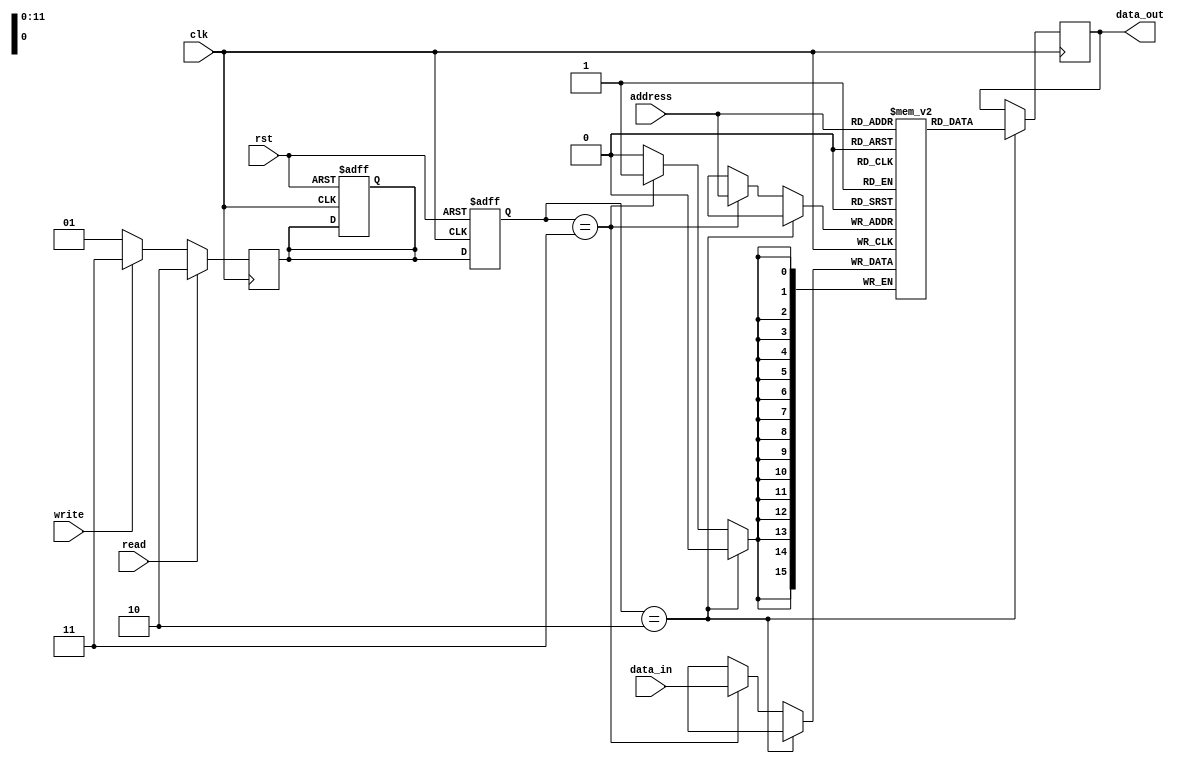
module SDRAM_controller (
    input wire clk,
    input wire rst,
    input wire read,
    input wire write,
    input wire [11:0] address,
    input wire [15:0] data_in,
    output wire [15:0] data_out
);

// Input and output data registers
reg [15:0] data_reg;

// State machine states
parameter PRECHARGE = 2'b00;
parameter ACTIVATE = 2'b01;
parameter READ = 2'b10;
parameter WRITE = 2'b11;

reg [1:0] state;
reg [1:0] next_state;

// Memory array
reg [15:0] memory[0:4095];

always@(posedge clk or posedge rst) begin
    if (rst) begin
        state <= PRECHARGE;
        next_state <= PRECHARGE;
    end else begin
        state <= next_state;
    end
end

always@(*) begin
    case(state)
        PRECHARGE: begin
            // precharge state logic
            // handle precharge timing requirements
        end
        ACTIVATE: begin
            // activate state logic
            // handle activate timing requirements
        end
        READ: begin
            // read state logic
            // handle read operation, buffer data in data_reg
        end
        WRITE: begin
            // write state logic
            // handle write operation, write data from data_in to memory array
        end
        default: begin
            // default state logic
        end
    endcase
end

// Controller logic
always@(posedge clk) begin
    if (read) begin
        next_state <= READ;
    end else if (write) begin
        next_state <= WRITE;
    end else begin
        next_state <= ACTIVATE;
    end
end

// Data registers
always@(posedge clk) begin
    if (state == READ) begin
        data_reg <= memory[address];
    end else if (state == WRITE) begin
        memory[address] <= data_in;
    end
end

assign data_out = data_reg;

endmodule